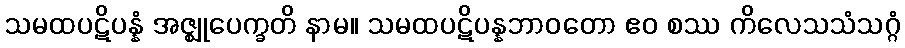
သမထပဋိပန္နံ အဇ္ဈုပေက္ခတိ နာမ။ သမထပဋိပန္နဘာဝတော ဧဝ စဿ ကိလေသသံသဂ္ဂံ